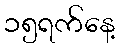
၁၅ရက်နေ့